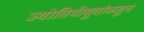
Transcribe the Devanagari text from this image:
ज्योतिषीबुवांकडून